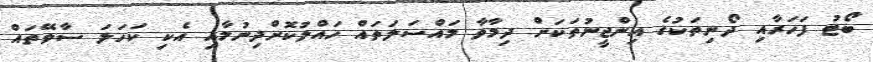
ބޯޓު ފަހަރާއި ދޯނިތަކުގެ އިންޖީނުތަކަށް ދިމާވާ މައްސަލަތައް ހައްލުކޮށްދިނުމާއި އެކި ކަހަލަ ސާވޭތައް